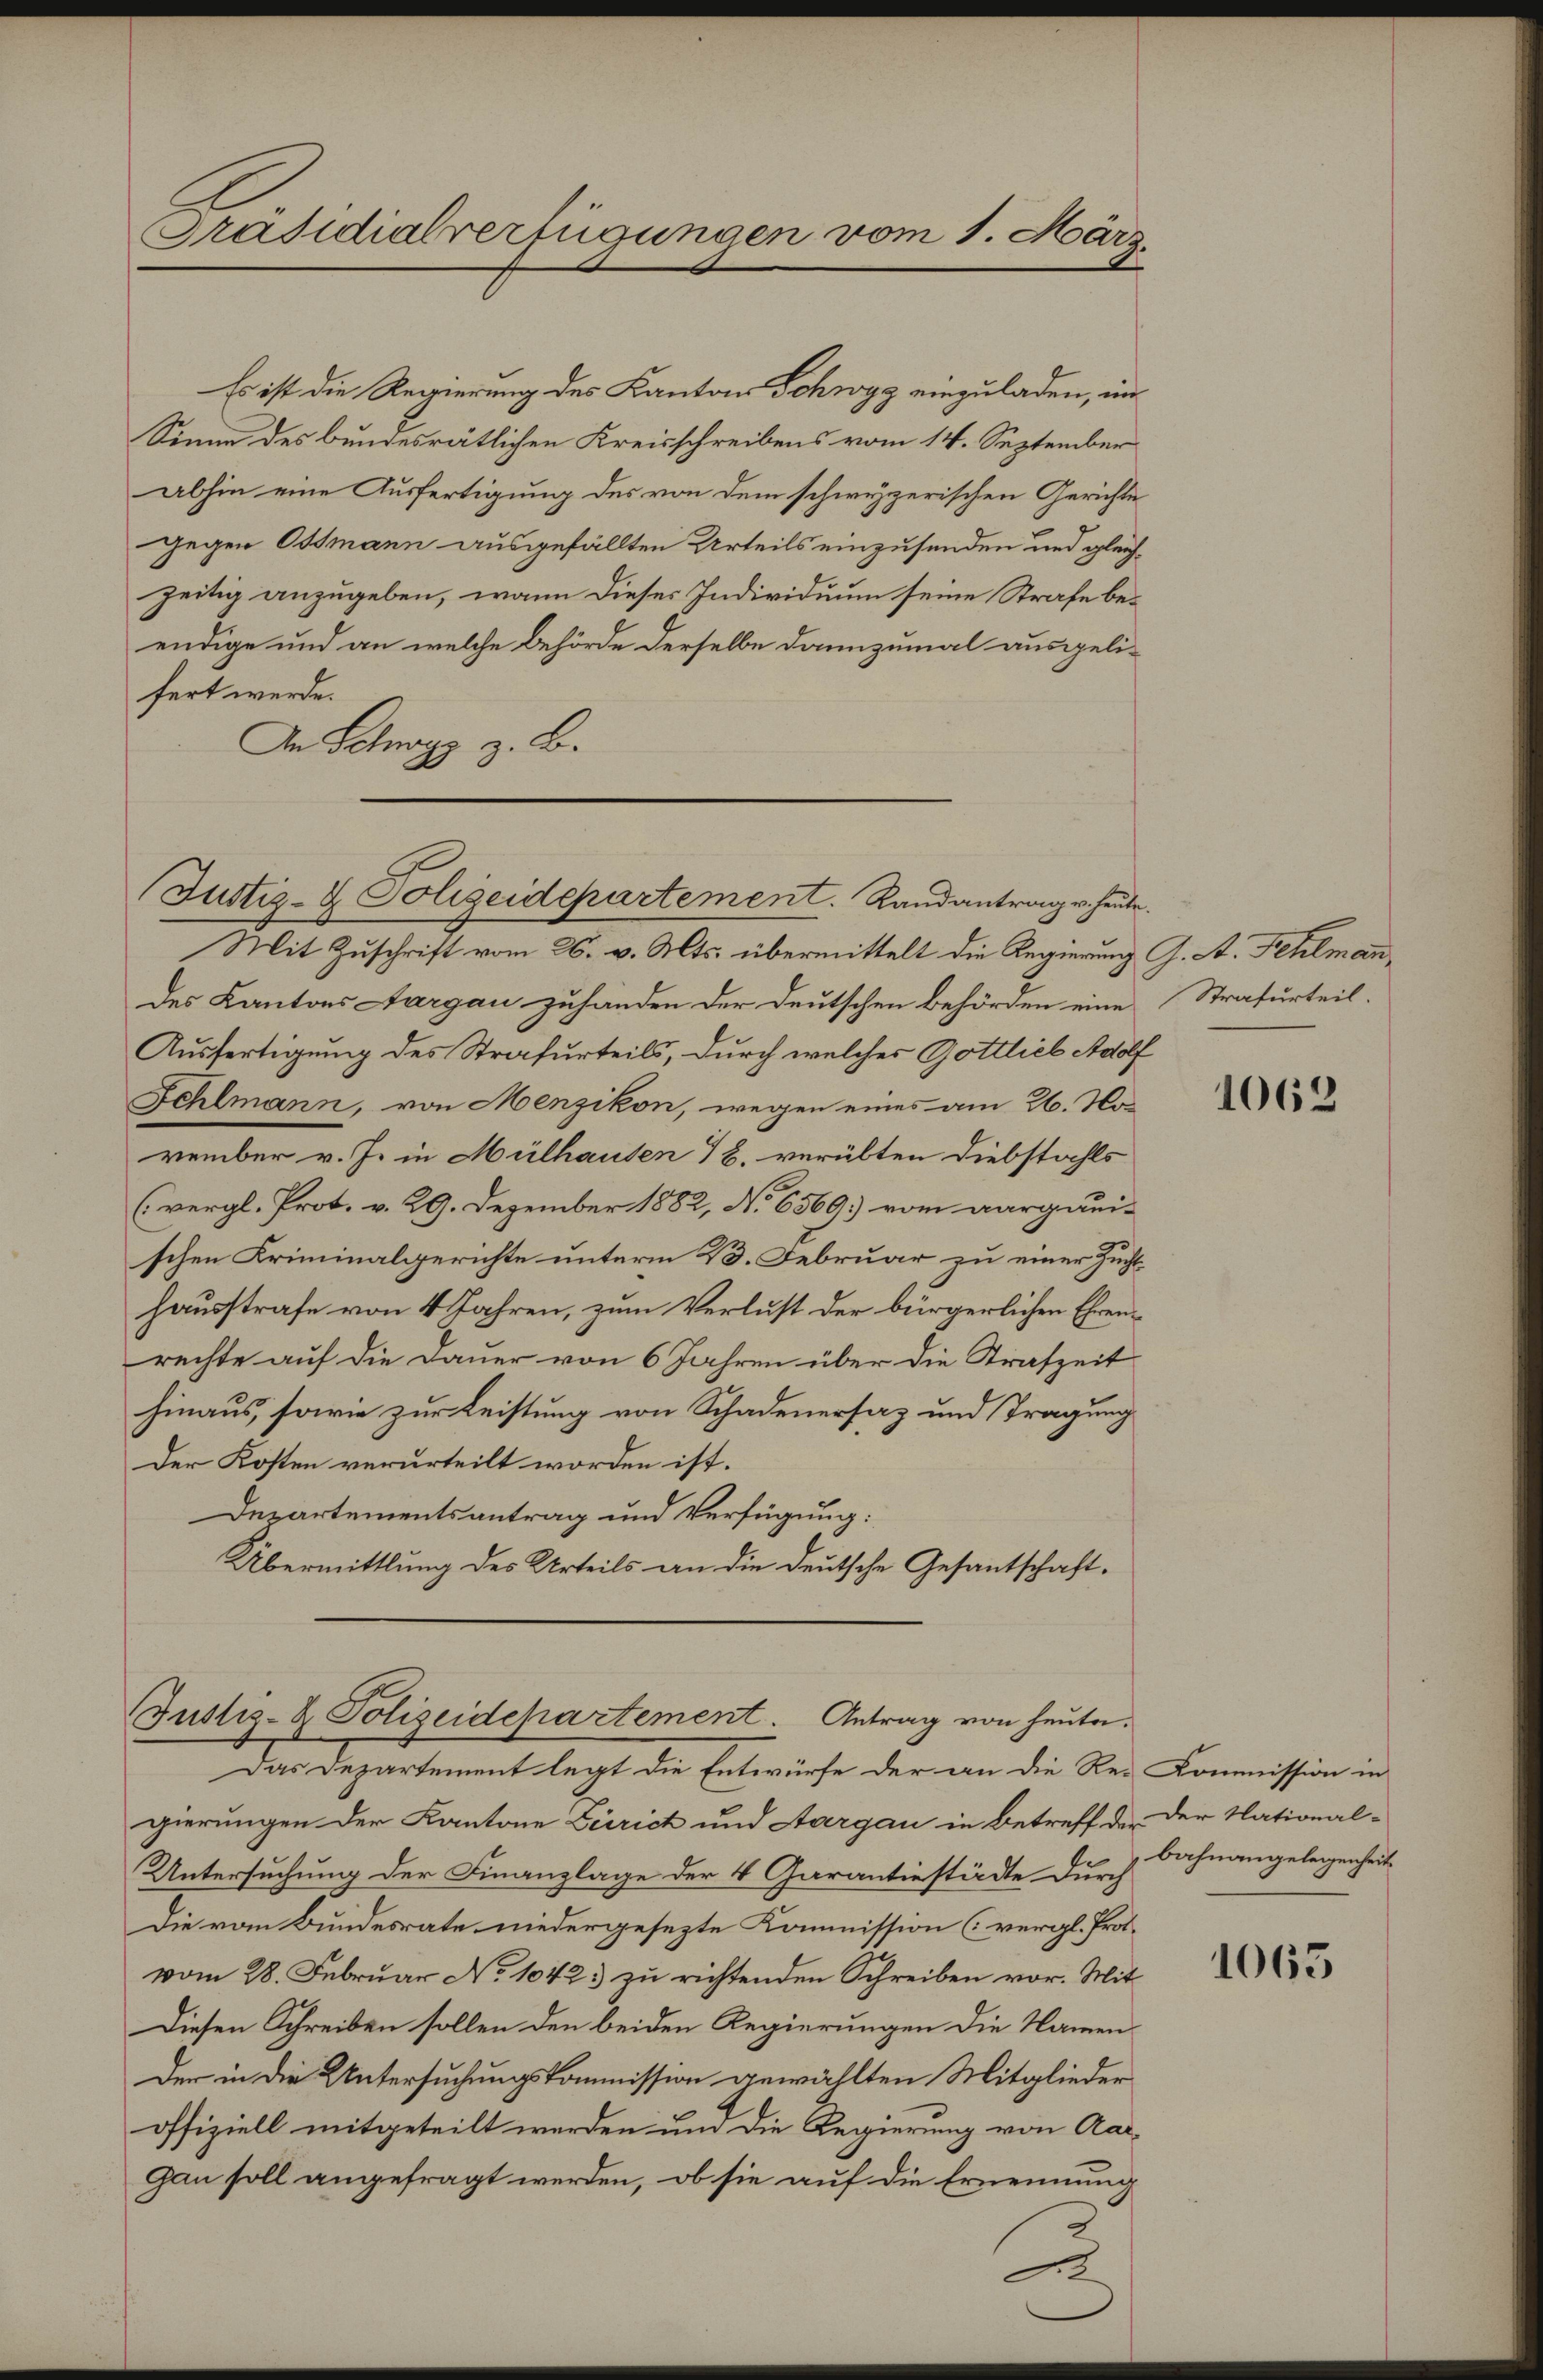
Präsidialverfügungen vom 1. März.

Es ist die Regierung des Kantons Schwyz einzuladen, im
Sinne des bundesrätlichen Kreisschreibens vom 14. September
abhin eine Ausfertigung des von dem schwyzerischen Gerichte
gegen Ossmann ausgefällten Urteils einzusenden und gleichzeitig anzugeben, wann dieses Individuum seine Strafe beendige und an welche Behörde derselbe dannzumal ausgelifert werde.
An Schwyz z. B.

Justiz- & Polizeidepartement. Randantrag u. heute.

Justiz- & Polizeidepartement. Antrag von heute.

Mit Zuschrift vom 26. v. Mts. übermittelt die Regierung G. A. Fehlmann
des Kantons Aargau zuhänden der Deutschen Behörden eine Strafurteil.
Ausfertigung des Strafurteils, durch welches Gottlieb Adolf
Schlmann, von Menzikon, wegen eines am 26. No
vember v. J. in Mülhausen 18, verübten Diebstahls
(vergl. Prot. v. 29. Dezember 1882, No 6569. vom aargaui-
schen Kriminalgerichte unterm 23. Februar zu einer Zuchthausstrafe von 4 Jahren, zum Verlust der bürgerlichen Ehrenrechte auf die Dauer von 6 Jahren über die Strafzeit
hinaus, sowie zur Leistung von Schadenersaz und Tragung
Der Kosten verurteilt worden ist.
Departementsantrag und Verfügung:
Übermittlung des Urteils an die deutsche Gesantschaft.

Das Departement legt die Entwürfe der an die Re-Commission in
gierungen der Kantone Zürich und Aargau in Betreff der der National-
Untersuchung der Finanzlage der 4 Garantiestädte durch
Die vom Bundesrate niedergesezte Kommission (vergl. Prot.
vom 28. Februar No 1042.) zu richtenden Schreiben vor. Mit
Diesen Schreiben sollen den beiden Regierungen die Namen¬
Der in die Untersuchungskommission gewählten Mitglieder
offiziell mitgeteilt werden und die Regierung von Aar-
gan soll angefragt werden, ob sie auf die Ernennung
1

1062

bahnangelegenheit

1065